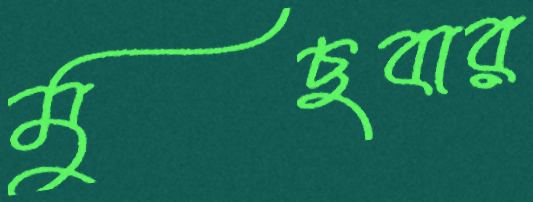
মুছবার